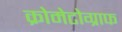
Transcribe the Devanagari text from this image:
क्रोमेटोग्राफ